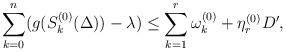
LaTeX: \begin{align*}\sum_{k=0}^{n}(g(S_k^{{(0)}}(\Delta))-\lambda)\leq \sum_{k=1}^r\omega_k^{{(0)}}+\eta_r^{{(0)}}D',\end{align*}